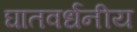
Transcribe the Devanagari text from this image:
घातवर्धनीय